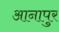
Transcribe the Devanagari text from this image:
आनापुर